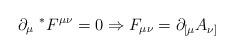
LaTeX: \begin{align*}\partial_{\mu}{~}^{*}F^{\mu\nu}=0\Rightarrow F_{\mu\nu}=\partial_{[\mu}A_{\nu]}\end{align*}